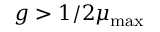
g > 1 / 2 \mu _ { \mathrm { m a x } }